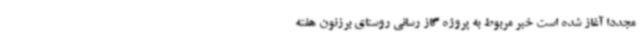
مجددا آغاز شده است خبر مربوط به پروژه گاز رسانی روستای برزنون هفته